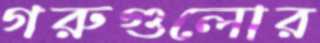
গরুগুলোর